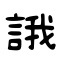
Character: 誐